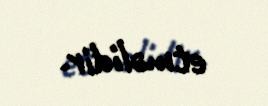
etməlidir.